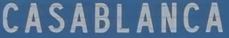
CASABLANCA